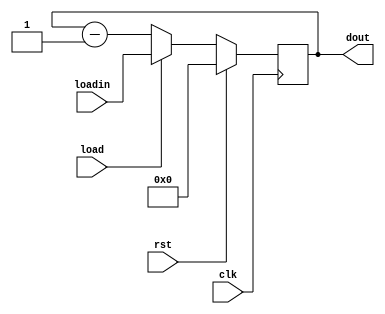
`timescale 1ns / 1ps

module counter(
    input clk, rst, load,
    input [3:0] loadin,
    output reg [3:0] dout
    );

always@(posedge clk)
begin

if(rst)
dout <= 4'b0000;
else if(load) begin
dout <= loadin;
end
else
dout <= dout - 1;

end

endmodule